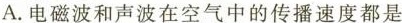
A.电磁波和声波在空气中的传播速度都是